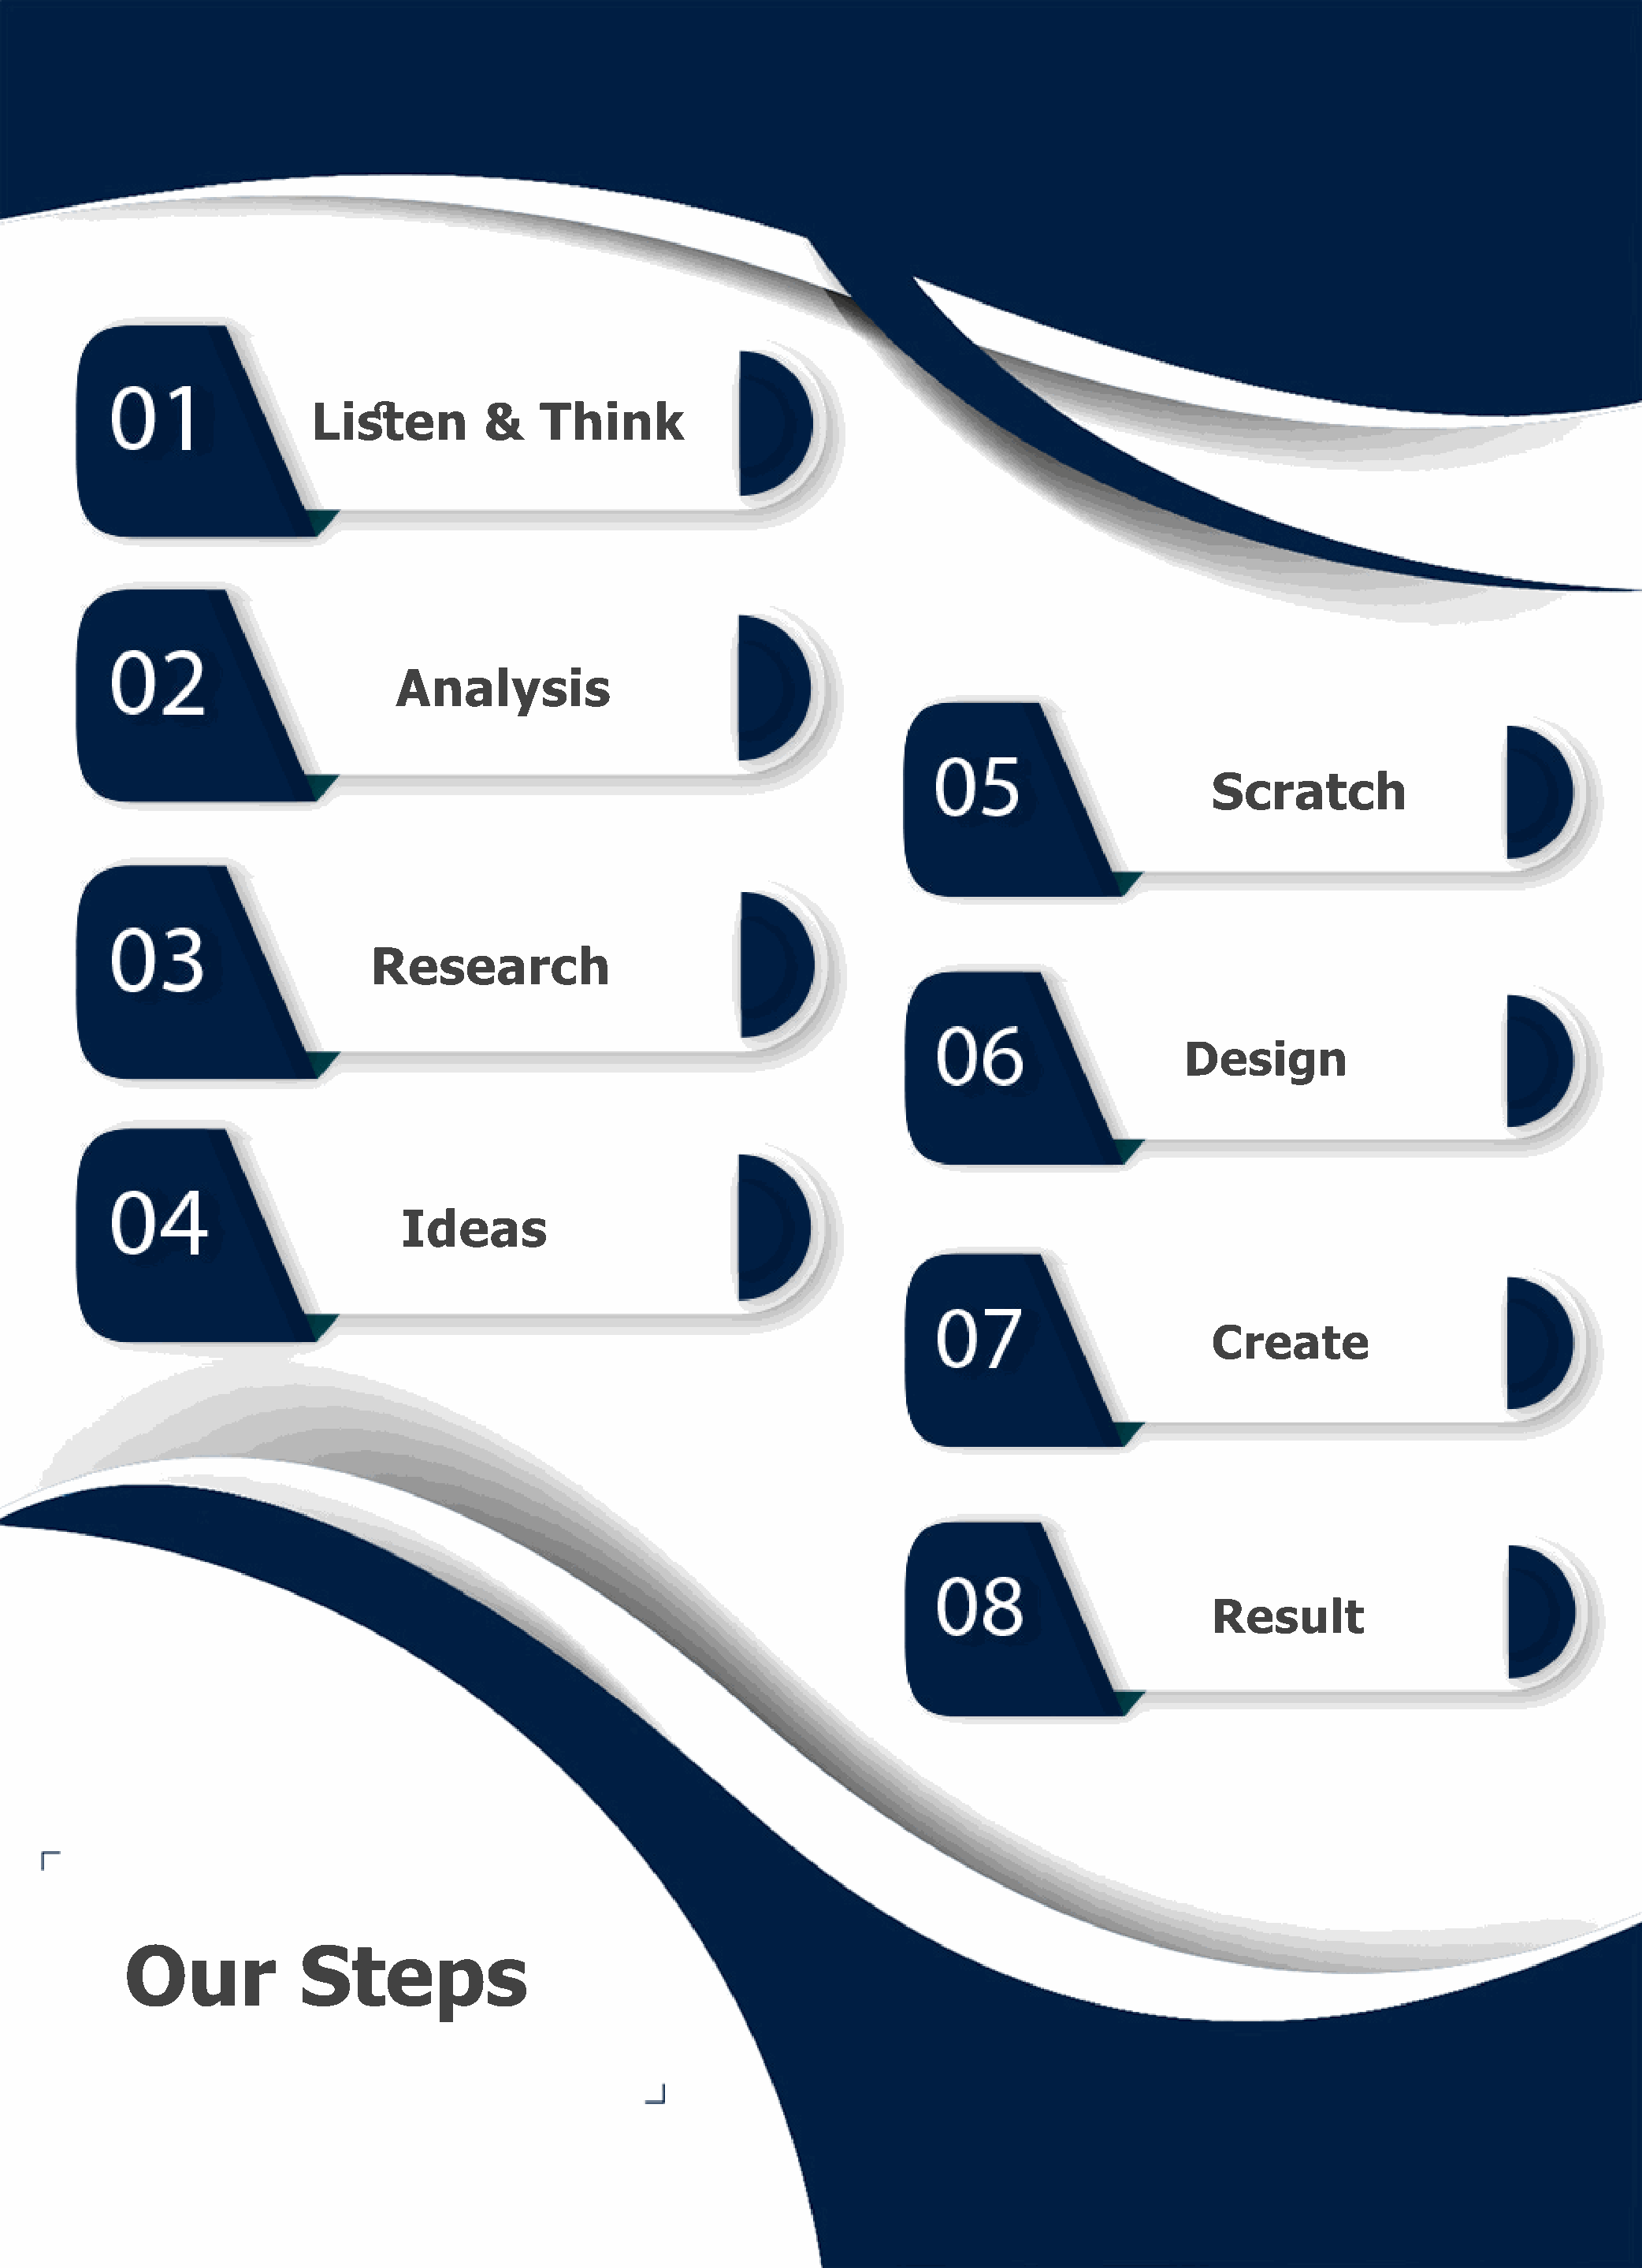
Listen         &   Think
 Analysis
 Scratch
 Research
 Design
 Ideas
 Create
 Result
 Our            Steps